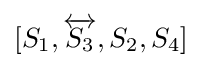
[S_{1},{\overleftrightarrow {S_{3}}},S_{2},S_{4}]